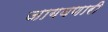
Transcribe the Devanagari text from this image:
जागवणारी